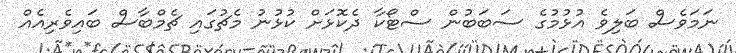
ނަމަވެސް ބަލިވެ އުޅުމުގެ ސަބަބުން ސްޓޯކާ ދެކޮޅަށް ކުޅުނު މެޗުގައި ޗެމްބާސް ބައިވެރިއެއް